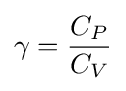
\gamma ={\frac {C_{P}}{C_{V}}}